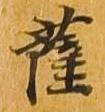
薩